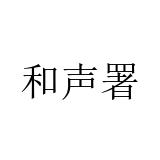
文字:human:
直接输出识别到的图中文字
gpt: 和声署